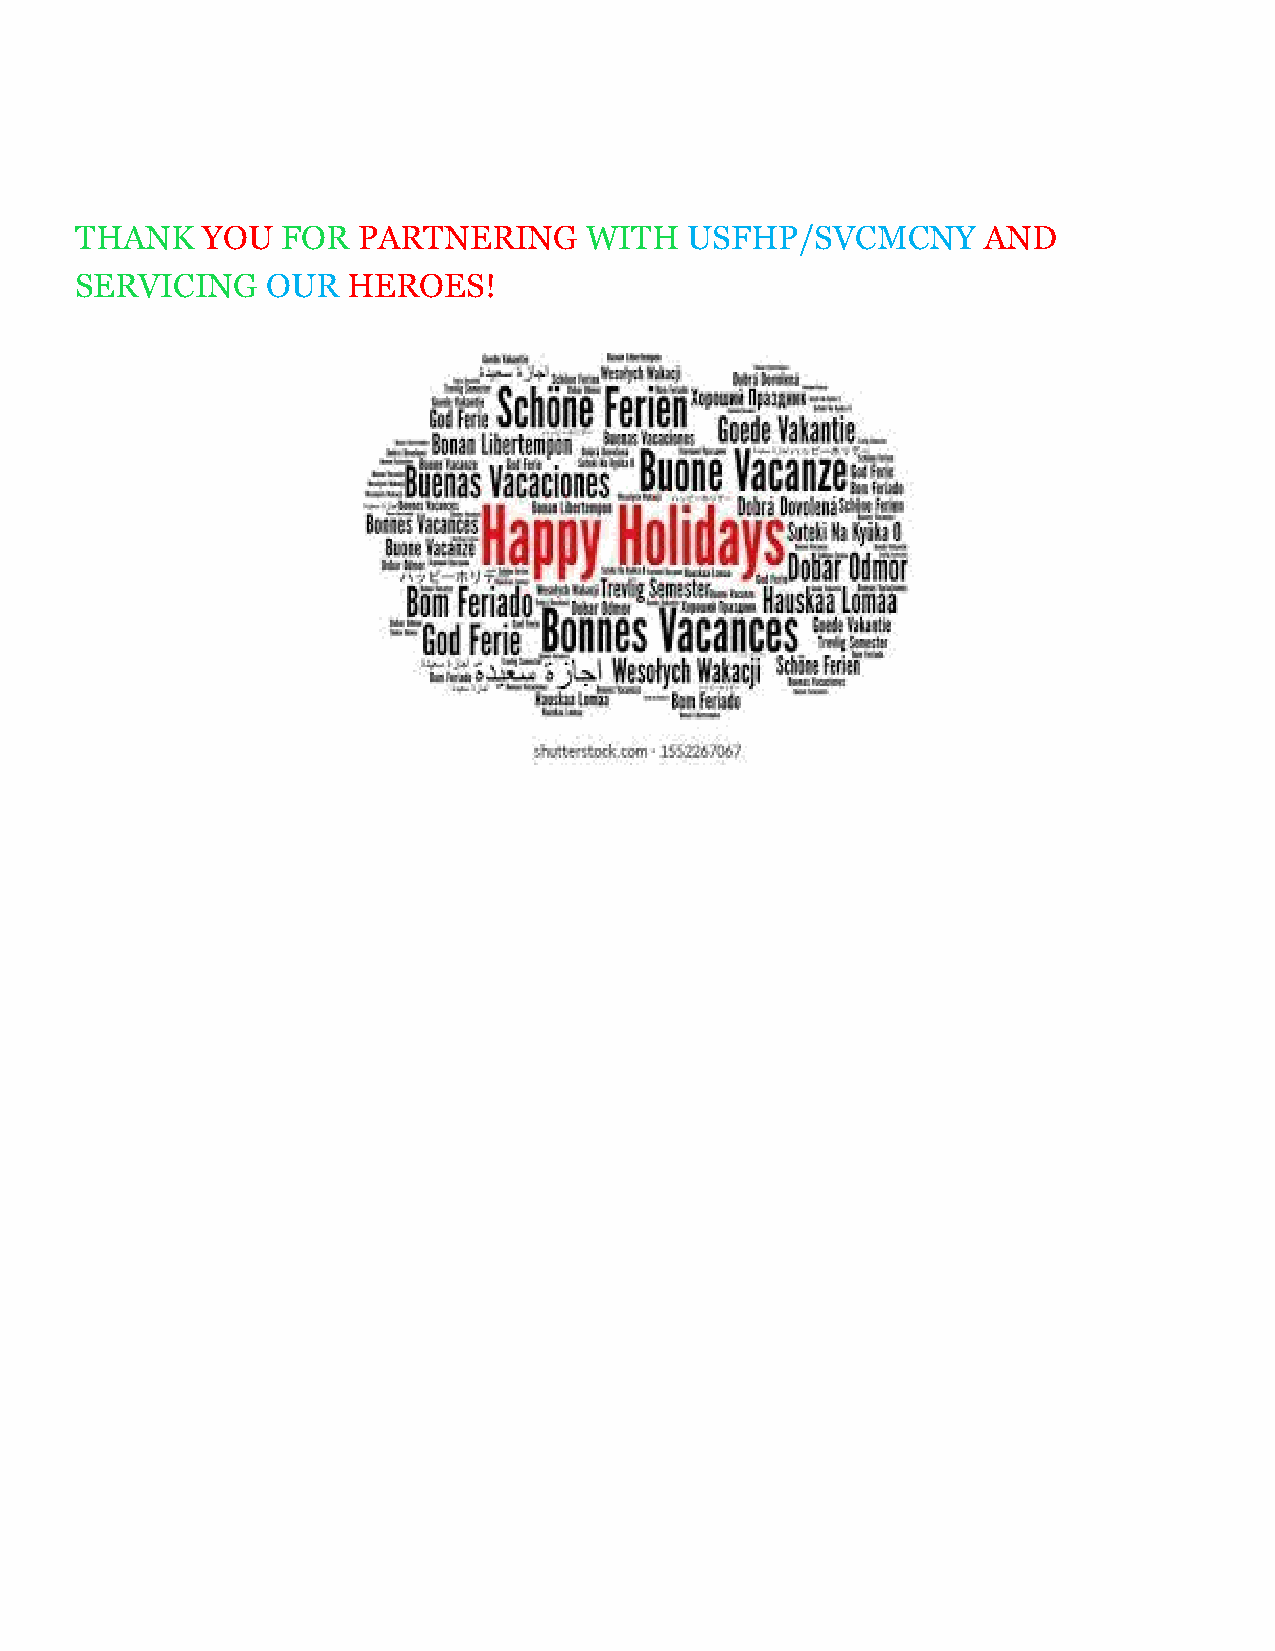
THANK   YOU   FOR  PARTNERING     WITH  USFHP/SVCMCNY       AND
 SERVICING    OUR  HEROES!